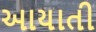
આયાતી